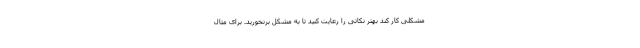
مشکلی کار کند بهتر نکاتی را رعایت کنید تا به مشکل برنخورید. برای مثال